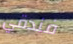
فندقي